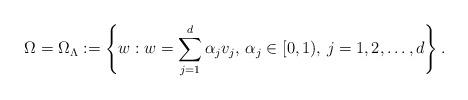
LaTeX: \begin{align*}\Omega=\Omega_\Lambda:=\left\{w:w=\sum_{j=1}^d\alpha_jv_j,\, \alpha_j\in[0,1),\, j=1,2,\ldots,d\right\}.\end{align*}